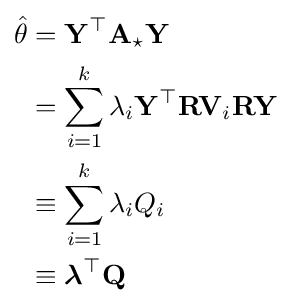
{\begin{aligned}{\hat {\theta }}&=\mathbf {Y} ^{\top }\mathbf {A} _{\star }\mathbf {Y} \\&=\sum _{i=1}^{k}\lambda _{i}\mathbf {Y} ^{\top }\mathbf {R} \mathbf {V} _{i}\mathbf {R} \mathbf {Y} \\&\equiv \sum _{i=1}^{k}\lambda _{i}Q_{i}\\&\equiv {\boldsymbol {\lambda }}^{\top }\mathbf {Q} \end{aligned}}